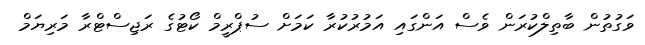
ވަގުތުން ބާތިލްކުރަން ވެސް އަންގައި އަމުރުކުރާ ކަމަށް ސުޕްރީމް ކޯޓުގެ ރަޖިސްޓްރާ މަރިޔަމް